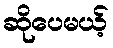
ဆိုပေမယ့်